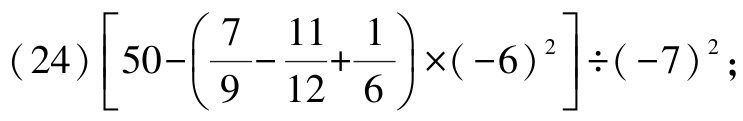
\((24)\left[50 - \left(\frac{7}{9} - \frac{11}{12} + \frac{1}{6}\right)\times(-6)^{2}\right]\div(-7)^{2};\)